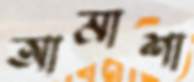
আমাশা